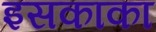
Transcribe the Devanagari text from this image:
इसकाका